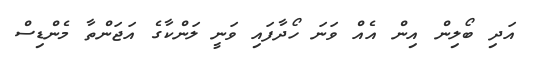
އަދި ބޯލިން އިން އެއް ވަނަ ހޯދާފައި ވަނީ ލަންކާގެ އަޖަންތާ މެންޑިސް